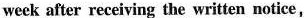
week after receiving the written notice.